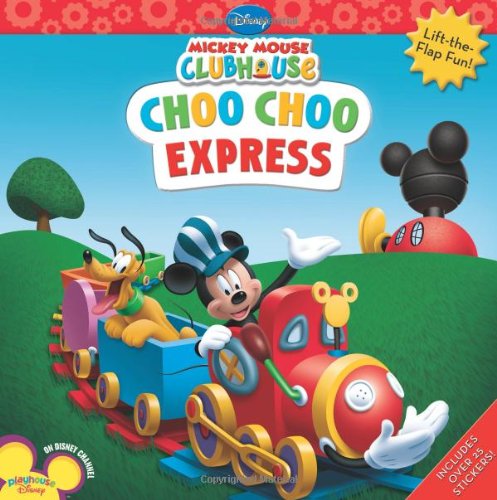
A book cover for Mickey Mouse Clubhouse Choo Choo Express; Disney Book Group; Children's Books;